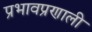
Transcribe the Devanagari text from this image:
प्रभावप्रणाली